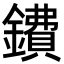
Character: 鐨